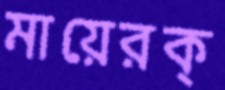
মায়েরক্